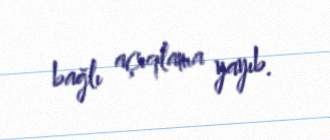
bağlı açıqlama yayıb.